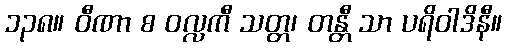
၁၃၈။ ဝီဏာ စ ဝလ္လကီ သတ္တ၊ တန္တီ သာ ပရိဝါဒိနီ။